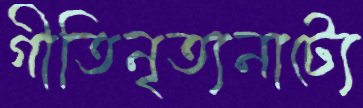
গীতিনৃত্যনাট্যে